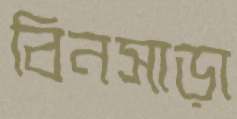
বিনসাড়া